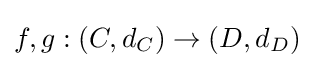
f,g:(C,d_{C})\to (D,d_{D})